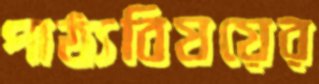
পাঠ্যবিষয়ের